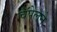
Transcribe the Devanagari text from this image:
चॅपेलने